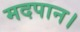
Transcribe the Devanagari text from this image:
मदपान।